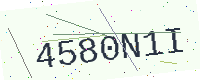
Text: 4580N1I